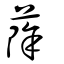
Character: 蒢